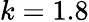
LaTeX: k=1.8